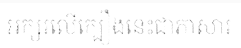
អក្សរលើក្បឿងនេះជាភាសារ